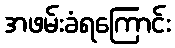
အဖမ်းခံရကြောင်း